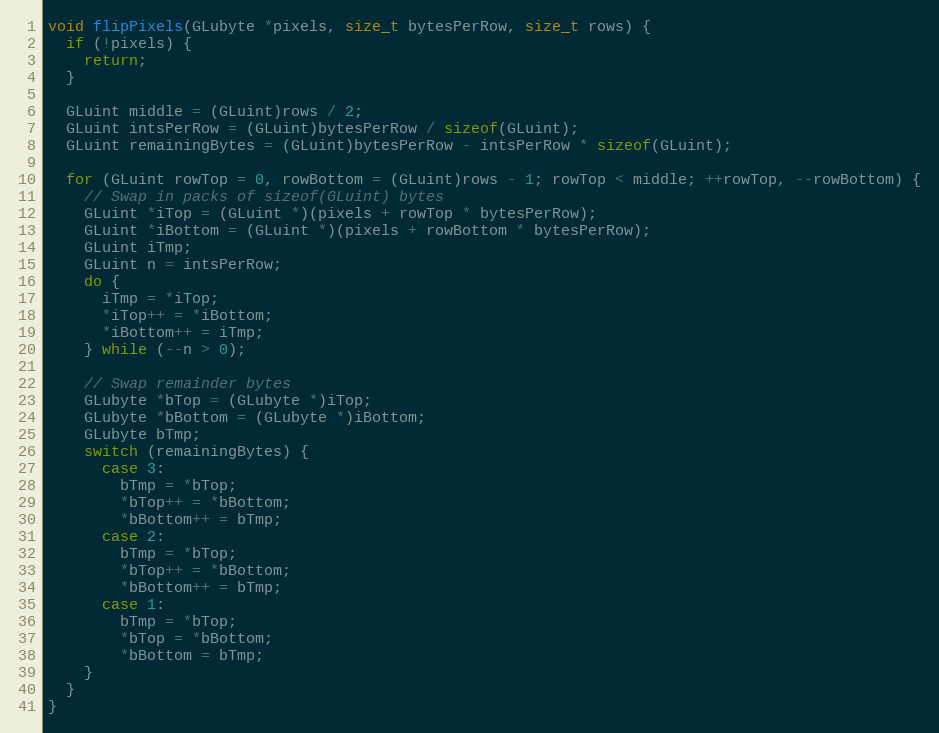
Language: C++
void flipPixels(GLubyte *pixels, size_t bytesPerRow, size_t rows) {
  if (!pixels) {
    return;
  }

  GLuint middle = (GLuint)rows / 2;
  GLuint intsPerRow = (GLuint)bytesPerRow / sizeof(GLuint);
  GLuint remainingBytes = (GLuint)bytesPerRow - intsPerRow * sizeof(GLuint);

  for (GLuint rowTop = 0, rowBottom = (GLuint)rows - 1; rowTop < middle; ++rowTop, --rowBottom) {
    // Swap in packs of sizeof(GLuint) bytes
    GLuint *iTop = (GLuint *)(pixels + rowTop * bytesPerRow);
    GLuint *iBottom = (GLuint *)(pixels + rowBottom * bytesPerRow);
    GLuint iTmp;
    GLuint n = intsPerRow;
    do {
      iTmp = *iTop;
      *iTop++ = *iBottom;
      *iBottom++ = iTmp;
    } while (--n > 0);

    // Swap remainder bytes
    GLubyte *bTop = (GLubyte *)iTop;
    GLubyte *bBottom = (GLubyte *)iBottom;
    GLubyte bTmp;
    switch (remainingBytes) {
      case 3:
        bTmp = *bTop;
        *bTop++ = *bBottom;
        *bBottom++ = bTmp;
      case 2:
        bTmp = *bTop;
        *bTop++ = *bBottom;
        *bBottom++ = bTmp;
      case 1:
        bTmp = *bTop;
        *bTop = *bBottom;
        *bBottom = bTmp;
    }
  }
}